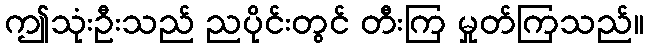
ဤသုံးဦးသည် ညပိုင်းတွင် တီးကြ မှုတ်ကြသည်။